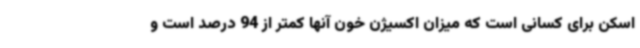
اسکن برای کسانی است که میزان اکسیژن خون آنها کمتر از 94 درصد است و